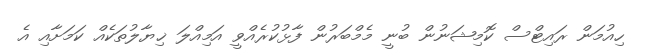
ހިއުމަން ރައިޓްސް ކޮމިޝަނުން ބުނީ މެމްބަރުން ފާޅުކުރެއްވީ އަމިއްލަ ޚިޔާލުތަކެއް ކަމަށާއި އެ